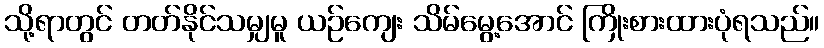
သို့ရာတွင် တတ်နိုင်သမျှမူ ယဉ်ကျေး သိမ်မွေ့အောင် ကြိုးစားထားပုံရသည်။